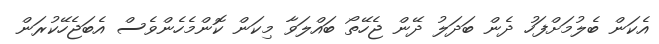
އެކަން ބެލުމަށްފަހު ދެން ބަދަލު ދޭން ޖެހޭތޯ ބައްލަވާ މިކަން ކޮންމެހެންވެސް އެބަޖެހޭކުރަން